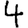
Digit: 4